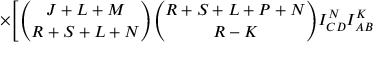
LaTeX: \times \Biggl [ { \binom { J + L + M } { R + S + L + N } } { \binom { R + S + L + P + N } { R - K } } I _ { C D } ^ { N } I _ { A B } ^ { K }